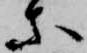
等